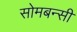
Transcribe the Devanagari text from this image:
सोमबन्सी